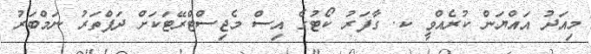
މިއަދު އައްޔަން ކުރެއްވީ ކ. ގާފަރު ކޯޓުގެ އިސް މެޖިސްޓްރޭޓަކަށް ދަފްތަރު ނަމްބަރު